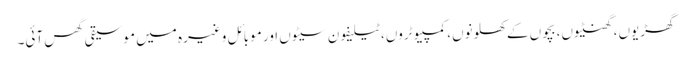
گھڑیوں، گھنٹیوں، بچوں کے کھلونوں، کمپیوٹروں، ٹیلیفون سیٹوں اور موبائل وغیرہ میں موسیقی گھس آئی۔